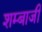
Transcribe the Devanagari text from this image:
शम्बाजी